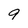
Character: 9